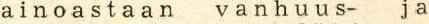
a i n o a s t a a n  v a n h u u s-  j a